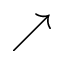
\nearrow